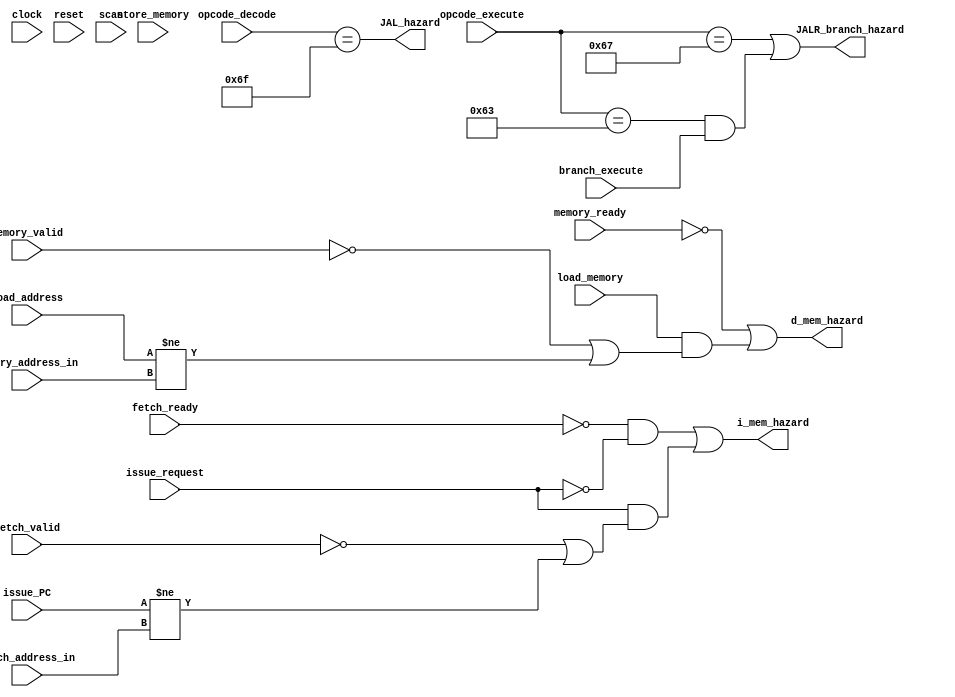
module hazard_detection_unit #(
  parameter CORE            = 0,
  parameter ADDRESS_BITS    = 20,
  parameter SCAN_CYCLES_MIN = 0,
  parameter SCAN_CYCLES_MAX = 1000
) (
  input clock,
  input reset,

  input fetch_valid,
  input fetch_ready,
  input issue_request,
  input [ADDRESS_BITS-1:0] issue_PC,
  input [ADDRESS_BITS-1:0] fetch_address_in,
  input memory_valid,
  input memory_ready,

  input load_memory,
  input store_memory,
  input [ADDRESS_BITS-1:0] load_address,
  input [ADDRESS_BITS-1:0] memory_address_in,

  input [6:0] opcode_decode,
  input [6:0] opcode_execute,
  input branch_execute,

  output i_mem_hazard,
  output d_mem_hazard,
  output JALR_branch_hazard,
  output JAL_hazard,

  input scan
);

localparam [6:0]R_TYPE  = 7'b0110011,
                BRANCH  = 7'b1100011,
                JALR    = 7'b1100111,
                JAL     = 7'b1101111;


// Instruction/Data memory hazard detection
assign i_mem_hazard = (~fetch_ready & ~issue_request) |
                      (issue_request & (~fetch_valid  | (issue_PC != fetch_address_in)));

assign d_mem_hazard = ~memory_ready |
                      (load_memory & (~memory_valid |
                      (load_address != memory_address_in)));

// JALR BRANCH and JAL hazard detection
// JALR_branch and JAL hazard signals are high when there is a control flow
// change caused by one of these instructions. These signals are present in
// both pipelines and unpipelined versions of the processor.
assign JALR_branch_hazard = (opcode_execute == JALR  ) |
                            ((opcode_execute == BRANCH) & branch_execute);

assign JAL_hazard         = (opcode_decode == JAL);


reg [31: 0] cycles;
always @ (posedge clock) begin
  cycles <= reset? 0 : cycles + 1;
  if (scan  & ((cycles >= SCAN_CYCLES_MIN) & (cycles <= SCAN_CYCLES_MAX)) )begin
    $display ("------ Core %d Hazard Detection Unit - Current Cycle %d ------", CORE, cycles);

    $display ("| Fetch Valid        [%b]", fetch_valid);
    $display ("| Fetch Ready        [%b]", fetch_ready);
    $display ("| Issue Request      [%b]", issue_request);
    $display ("| Issue PC           [%h]", issue_PC);
    $display ("| Fetch Address In   [%h]", fetch_address_in);
    $display ("| Load Memory        [%b]", load_memory);
    $display ("| Memory Valid       [%b]", memory_valid);
    $display ("| Store Memory       [%b]", store_memory);
    $display ("| Memory Ready       [%b]", memory_ready);
    $display ("| I-Mem Hazard       [%b]", i_mem_hazard);
    $display ("| D-Mem Hazard       [%b]", d_mem_hazard);
    $display ("| JALR/branch Hazard [%b]", JALR_branch_hazard);
    $display ("| JAL Hazard         [%b]", JAL_hazard);
    $display ("----------------------------------------------------------------------");
  end
end

endmodule